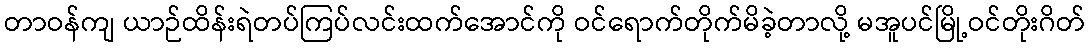
တာဝန်ကျ ယာဉ်ထိန်းရဲတပ်ကြပ်လင်းထက်အောင်ကို ဝင်ရောက်တိုက်မိခဲ့တာလို့ မအူပင်မြို့ဝင်တိုးဂိတ်